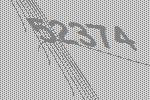
52374